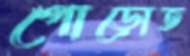
গোড়োত